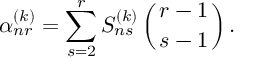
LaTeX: \alpha _ { n r } ^ { ( k ) } = \sum _ { s = 2 } ^ { r } S _ { n s } ^ { ( k ) } \left( r - 1 \atop { s - 1 } \right) .